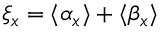
\xi _ { x } = \langle { \alpha } _ { x } \rangle + \langle { \beta } _ { x } \rangle